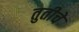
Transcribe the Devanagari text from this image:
तुतीचे